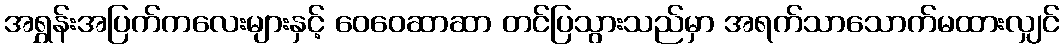
အရွှန်းအပြက်ကလေးများနှင့် ဝေဝေဆာဆာ တင်ပြသွားသည်မှာ အရက်သာသောက်မထားလျှင်